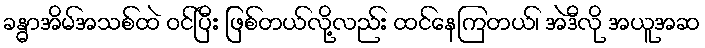
ခန္ဓာအိမ်အသစ်ထဲ ဝင်ပြီး ဖြစ်တယ်လို့လည်း ထင်နေကြတယ်၊ အဲဒီလို အယူအဆ